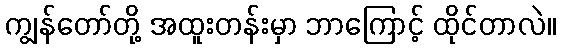
ကျွန်တော်တို့ အထူးတန်းမှာ ဘာကြောင့် ထိုင်တာလဲ။